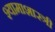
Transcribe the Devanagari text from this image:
श्यामाशास्त्री